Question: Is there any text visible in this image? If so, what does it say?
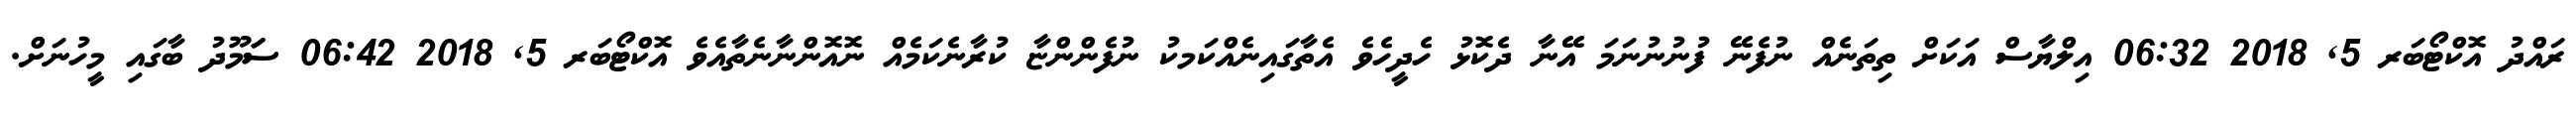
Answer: ރައްދު އޮކްޓޯބަރ 5, 2018 06:32 އިލްޔާސް އަކަށް ތިތަނެއް ނުފެނޭ ފުނުނުނަމަ އޭނާ ދެކޮޅު ހެދީހެވެ އެތާގައިނެއްކަމކު ނުފެންންޏާ ކުރާނެކަމެއް ނޮއޮންނާނެތާއެވެ އޮކްޓޯބަރ 5, 2018 06:42 ސަަމޫދު ބާގައި މީހުނަށް.